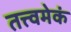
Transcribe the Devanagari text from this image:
तत्त्वमेकं